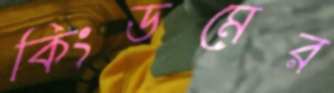
কিংডমের